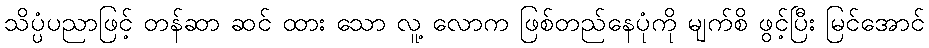
သိပ္ပံပညာဖြင့် တန်ဆာ ဆင် ထား သော လူ့ လောက ဖြစ်တည်နေပုံကို မျက်စိ ဖွင့်ပြီး မြင်အောင်